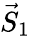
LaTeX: {\vec{S}}_{1}